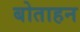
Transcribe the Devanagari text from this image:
बोताहन